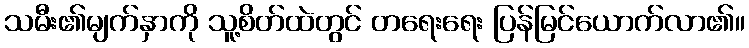
သမီး၏မျက်နှာကို သူ့စိတ်ထဲတွင် တရေးရေး ပြန်မြင်ယောက်လာ၏။